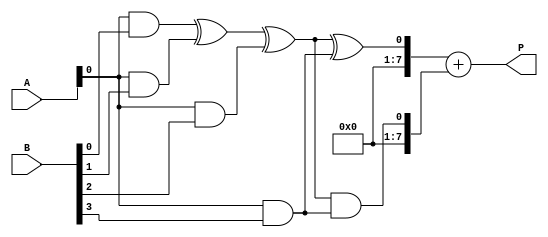
module wallace_tree_multiplier #(parameter N = 4, M = 4) (
    input [N-1:0] A, // First multiplicand
    input [M-1:0] B, // Second multiplicand
    output reg [N+M-1:0] P // Product output
);

    // Generate Partial Products
    wire [N-1:0] pp [0:M-1]; // Partial products
    genvar i;
    generate
        for (i = 0; i < M; i = i + 1) begin : pp_gen
            assign pp[i] = A & {N{B[i]}};
        end
    endgenerate

    // Wallace Tree Reduction
    wire [N+M-1:0] sum [0:M-1]; // Sums at each level
    wire [N+M-1:0] carry [0:M-1]; // Carries at each level

    // Initial stage: Directly assign the first partial product
    assign sum[0] = pp[0];
    assign carry[0] = {N{1'b0}}; // No carry for the first partial product

    // Reduction process
    genvar j;
    generate
        for (j = 1; j < M; j = j + 1) begin : reduction
            wire [N+M-1:0] a, b, c;
            assign a = sum[j-1];
            assign b = pp[j];
            assign c = carry[j-1];

            // Full adder and half adder logic
            wire [N+M-1:0] ha_sum, ha_carry, fa_sum, fa_carry;

            // Half Adder
            assign ha_sum = a[0] ^ b[0];
            assign ha_carry = a[0] & b[0];

            // Full Adder for the next bits
            assign fa_sum = a[N-1:1] + b[N-1:1] + c[N-1:1];
            assign fa_carry = (a[N-1:1] & b[N-1:1]) | (c[N-1:1] & (a[N-1:1] ^ b[N-1:1]));

            // Assign results to the next stage
            assign sum[j] = {fa_sum, ha_sum};
            assign carry[j] = {fa_carry, ha_carry};
        end
    endgenerate

    // Final summation of remaining bits
    always @(*) begin
        P = sum[M-1] + carry[M-1];
    end

endmodule